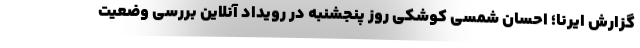
گزارش ایرنا؛ احسان شمسی کوشکی روز پنجشنبه در رویداد آنلاین بررسی وضعیت